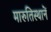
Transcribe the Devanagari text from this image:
मारुतिस्थानें